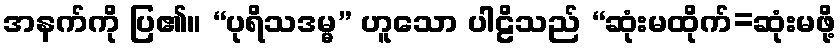
အနက်ကို ပြ၏။ “ပုရိသဒမ္မ” ဟူသော ပါဠိသည် “ဆုံးမထိုက်=ဆုံးမဖို့